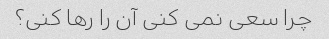
چرا سعی نمی کنی آن را رها کنی؟